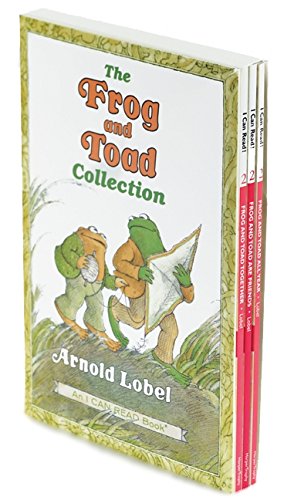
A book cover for The Frog and Toad Collection Box Set (I Can Read Level 2); Arnold Lobel; Children's Books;